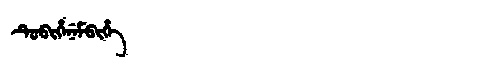
Manchu: ᡨᡠᠪᡳᡥᡝᠨᡝᠮᠪᡳᡥᡝ
Romanization: TUBIHENEMBIHE